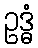
ဥဒ္ဓံ